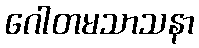
ဂေါတမသာသနာ